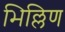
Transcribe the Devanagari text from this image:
भिल्लिण